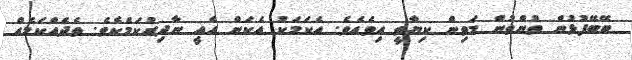
ބޭބޭފުޅުން ތުންތުން މަތިން ކިޔާތީ އިވެއެވެ. އެކަމަކު އެކަން އެއީ ނާދިރުކަމެކެވެ. ތެދެއްކަމެއް